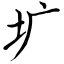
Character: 圹